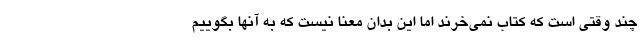
چند وقتی است که کتاب نمی‌خرند اما این بدان معنا نیست که به آنها بگوییم